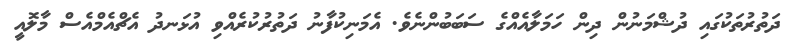
ދަތުރުތަކުގައި ދުޝްމަނުން ދިން ހަމަލާއެއްގެ ސަބަބުންނެވެ. އެމަނިކުފާނު ދަތުރުކުރެއްވި އުޅަނދު އެޗްއެމްއެސް މާލޮއީ